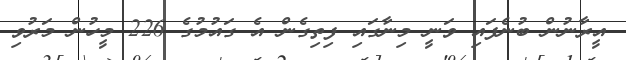
އީރާނުން ބުނެފައި ވަނީ މިނާގައި ފިތިގެން އެ ގައުމުގެ 226 މީހުން މަރުވި